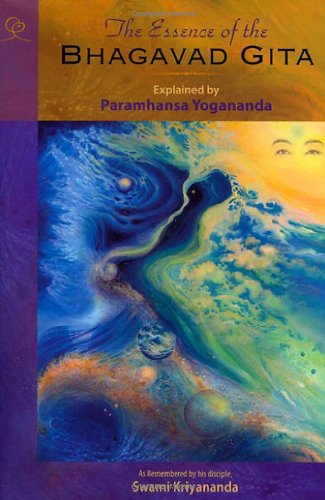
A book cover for The Essence of the Bhagavad Gita: Explained By Paramhansa Yogananda, As Remembered By His Disciple, Swami Kriyananda; Paramhansa Yogananda; Religion & Spirituality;